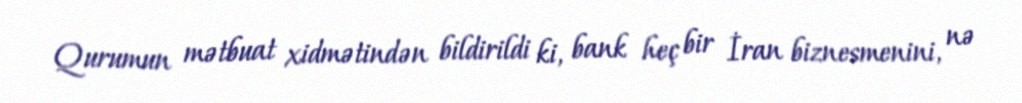
Qurumun mətbuat xidmətindən bildirildi ki, bank heç bir İran biznesmenini, nə